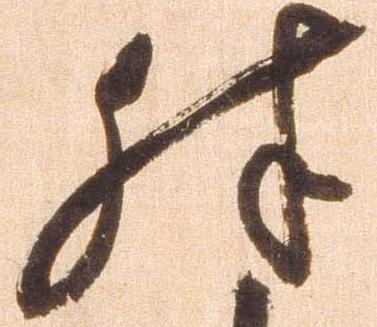
殊